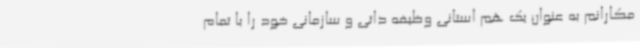
مکارانم به عنوان یک هم استانی وظیفه ذاتی و سازمانی خود را با تمام